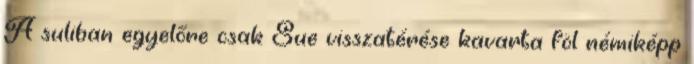
A suliban egyelőre csak Sue visszatérése kavarta föl némiképp